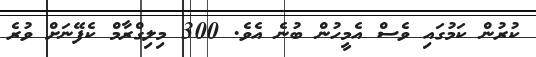
ކުރުން ކަމުގައި ވެސް އެމީހުން ބުނެ އެވެ. 300 މިލިގްރާމް ކެފޭނަށް ވުރެ